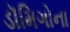
ડૉમિગોના